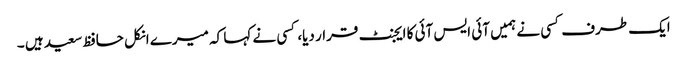
ایک طرف کسی نے ہمیں آئی ایس آئی کا ایجنٹ قرار دیا، کسی نے کہا کہ میرے انکل حافظ سعید ہیں ۔